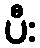
ပီး